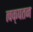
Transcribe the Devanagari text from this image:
त्वक्‌पतन